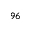
_ { 9 6 }